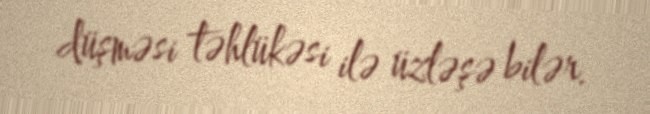
düşməsi təhlükəsi ilə üzləşə bilər.